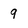
Character: 9